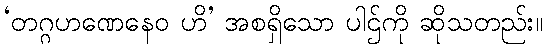
‘တဂ္ဂဟဏေနေဝ ဟိ’ အစရှိသော ပါဌ်ကို ဆိုသတည်း။